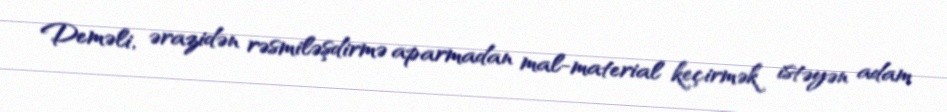
Deməli, ərazidən rəsmiləşdirmə aparmadan mal-material keçirmək istəyən adam